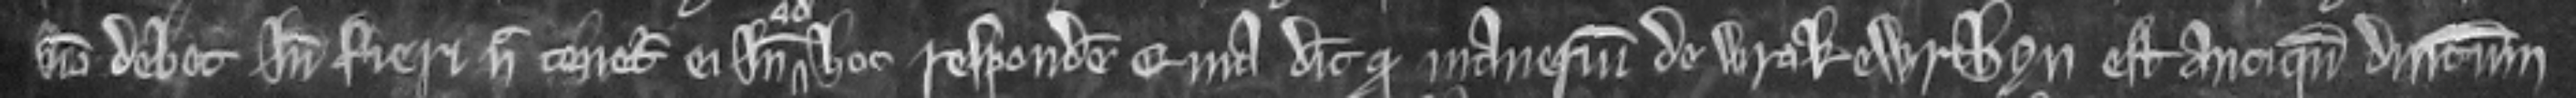
non debet inde fieri nec tenetur ei inde ad hoc respondere. quia dicit quod manerium de Wrokewrthyn est antiquum dominicum